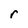
Character: r